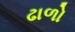
ઢાળો